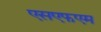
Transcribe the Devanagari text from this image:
एसएफएम